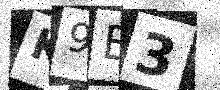
Text: K9B3